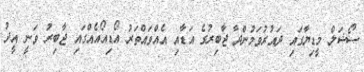
ސޯޝަލް މީޑިޔާގައި ދައުރުވަމުންދާ ޖާބިރުގެ އަޑާއި އެއްވައްތަރު އޯޑިއޯއެއްގައި ޖާބިރު ވަނީ އީދު